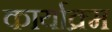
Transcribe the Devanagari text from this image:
कार्याक्र्म